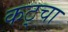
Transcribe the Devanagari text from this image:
कट्चा